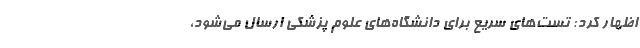
اظهار کرد: تست‌های سریع برای دانشگاه‌های علوم پزشکی ارسال می‌شود،